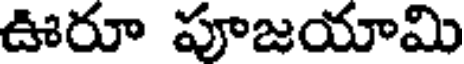
ఊరూ పూజయామి